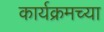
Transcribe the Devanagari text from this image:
कार्यक्रमच्या